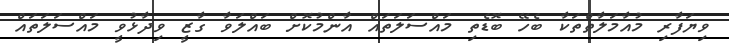
ވިޔަފާރި މުއާމަލާތްތަކާ ބެހޭ ބޮޑެތި މައްސަލަތައް އާންމުކޮށް ބައްލަވާ ގާޒީ ވިދާޅުވީ މައްސަލަތައް